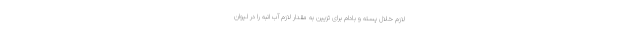
لازم خلال پسته و بادام برای تزیین به مقدار لازم آب انبه را در لیوان